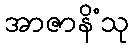
အာဇာနိံသု